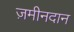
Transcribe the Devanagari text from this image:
ज़मीनदान